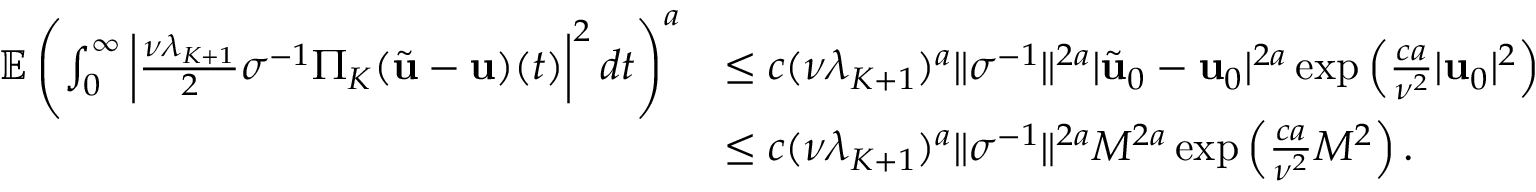
\begin{array} { r l } { \mathbb { E } \left( \int _ { 0 } ^ { \infty } \left| \frac { \nu \lambda _ { K + 1 } } { 2 } \sigma ^ { - 1 } \Pi _ { K } ( \tilde { \mathbf { u } } - \mathbf { u } ) ( t ) \right| ^ { 2 } d t \right) ^ { a } } & { \leq c ( \nu \lambda _ { K + 1 } ) ^ { a } \| \sigma ^ { - 1 } \| ^ { 2 a } | \tilde { \mathbf { u } } _ { 0 } - \mathbf { u } _ { 0 } | ^ { 2 a } \exp \left( \frac { c a } { \nu ^ { 2 } } | \mathbf { u } _ { 0 } | ^ { 2 } \right) } \\ & { \leq c ( \nu \lambda _ { K + 1 } ) ^ { a } \| \sigma ^ { - 1 } \| ^ { 2 a } M ^ { 2 a } \exp \left( \frac { c a } { \nu ^ { 2 } } M ^ { 2 } \right) . } \end{array}